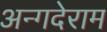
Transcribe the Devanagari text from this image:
अन्गदेराम